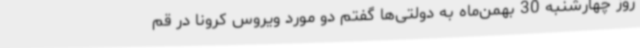
روز چهارشنبه 30 بهمن‌ماه به دولتی‌ها گفتم دو مورد ویروس کرونا در قم